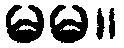
မမ။